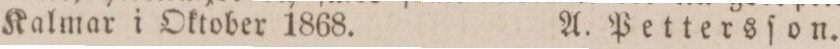
Kalmar i Oktober 1868.    A. Pettersſon.